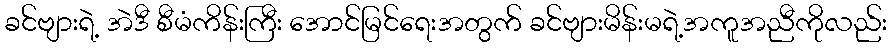
ခင်ဗျားရဲ့ အဲဒီ စီမံကိန်းကြီး အောင်မြင်ရေးအတွက် ခင်ဗျားမိန်းမရဲ့အကူအညီကိုလည်း